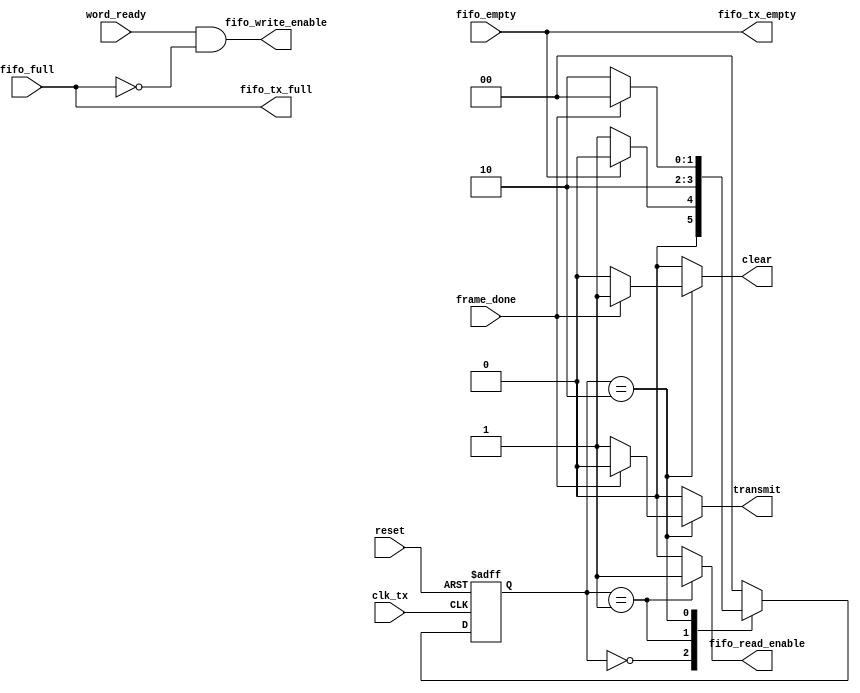
module uart_light_tx_ctrl
#(
	parameter STATE_COUNT = 2,
	parameter IDLE = 2'b00,
	parameter LOAD = 2'b01,
	parameter TRANSMITTING = 2'b10
)(
	input  wire reset,
	input  wire clk_tx,

	//Interfaces zum SPMC
	input  wire word_ready,
	output wire fifo_tx_full,
	output wire fifo_tx_empty,
	
	//Interfaces zum Datenpfad-Module, welche durch clk_tx getrieben werden
	input  wire frame_done,
	output reg  transmit,
	output reg  clear,
	output reg  fifo_read_enable,
	
	//Interfaces zum Datenpfad-Module, welche durch clk_peri getrieben werden
	input wire  fifo_full,
	input wire  fifo_empty,
	output wire fifo_write_enable

    );

	reg [STATE_COUNT-1:0] state_cur, state_next;
	
	assign fifo_tx_full      = fifo_full;
	assign fifo_tx_empty     = fifo_empty;
 	assign fifo_write_enable = word_ready & (~fifo_full);
	
	always @(*) begin
		transmit         = 1'b0;
		clear            = 1'b0;
		fifo_read_enable = 1'b0;
		state_next       = IDLE;
		
		case(state_cur)
			IDLE:
				if (fifo_empty == 1'b0) begin
					state_next       = LOAD;
				end
			LOAD:
				begin
					fifo_read_enable = 1'b1;
					state_next	 = TRANSMITTING;
				end
			TRANSMITTING:
				if(frame_done) begin
					clear      = 1'b1;
					state_next = IDLE;
				end
				else begin
					transmit   = 1'b1;
					state_next = TRANSMITTING;
				end
			default: state_next = IDLE;
		endcase
	end
	
	always @(posedge clk_tx, posedge reset) begin
		if(reset) begin
			state_cur <= IDLE;
		end
		else begin 
			state_cur <= state_next;
		end
	end
	
endmodule